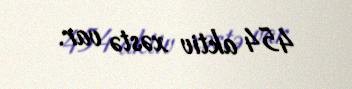
454 aktiv xəstə var.